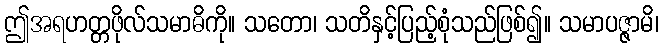
ဤအရဟတ္တဖိုလ်သမာဓိကို။ သတော၊ သတိနှင့်ပြည့်စုံသည်ဖြစ်၍။ သမာပဇ္ဇာမိ၊